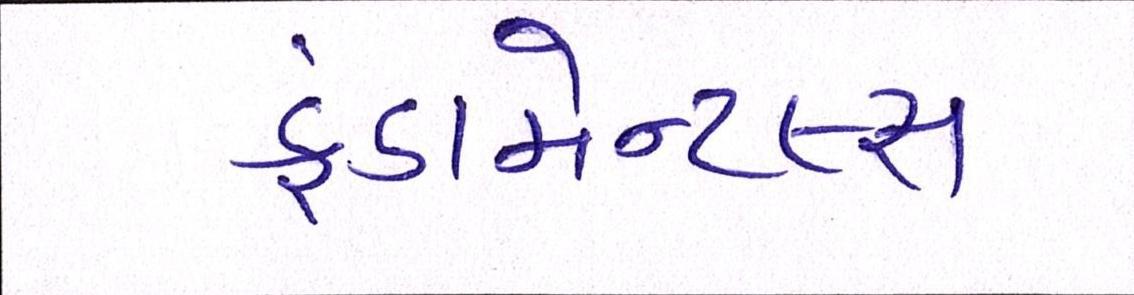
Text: ફંડામેન્ટલ્સ